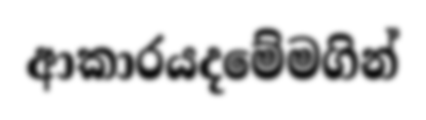
ආකාරයදමේමගින්